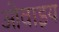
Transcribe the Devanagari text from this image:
ओवाइय